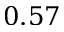
0 . 5 7